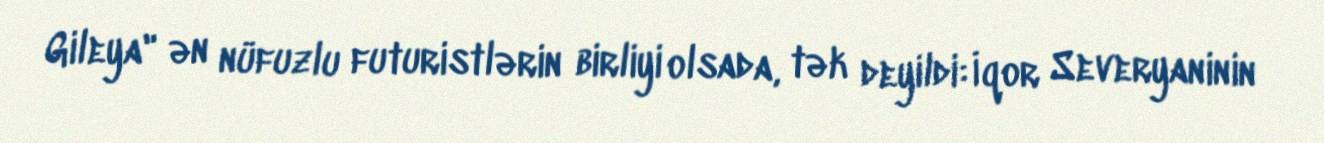
Gileya" ən nüfuzlu futuristlərin birliyi olsada, tək deyildi: İqor Severyaninin